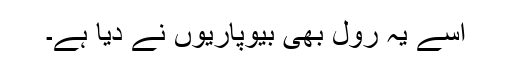
اسے یہ رول بھی بیوپاریوں نے دیا ہے۔